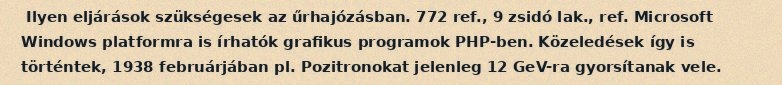
Ilyen eljárások szükségesek az űrhajózásban. 772 ref., 9 zsidó lak., ref. Microsoft Windows platformra is írhatók grafikus programok PHP-ben. Közeledések így is történtek, 1938 februárjában pl. Pozitronokat jelenleg 12 GeV-ra gyorsítanak vele.